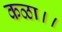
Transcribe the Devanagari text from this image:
कळा।।